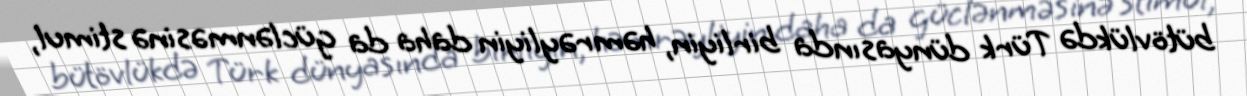
bütövlükdə Türk dünyasında birliyin, həmrəyliyin daha da güclənməsinə stimul,